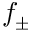
f _ { \pm }